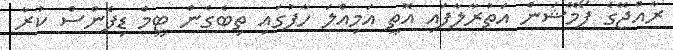
ރާއްޖޭގެ ފޯމޭޝަން އަތުރާލާފައި އޮތީ އަމިއްލަ ހާފުގައި ތިބެގެން ޓީމް ޑިފެންސް ކުރާ